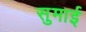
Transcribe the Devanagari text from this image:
सुमाई